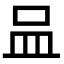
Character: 𠱄